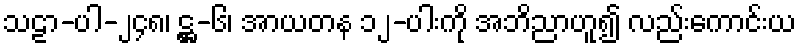
သဠာ-ပါ-၂၄၈၊ ဋ္ဌ-၆၊ အာယတန ၁၂-ပါးကို အဘိညာဟူ၍ လည်းကောင်းယ